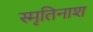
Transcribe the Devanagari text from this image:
स्मृतिनाश